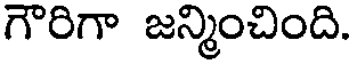
గౌరిగా జన్మించింది.